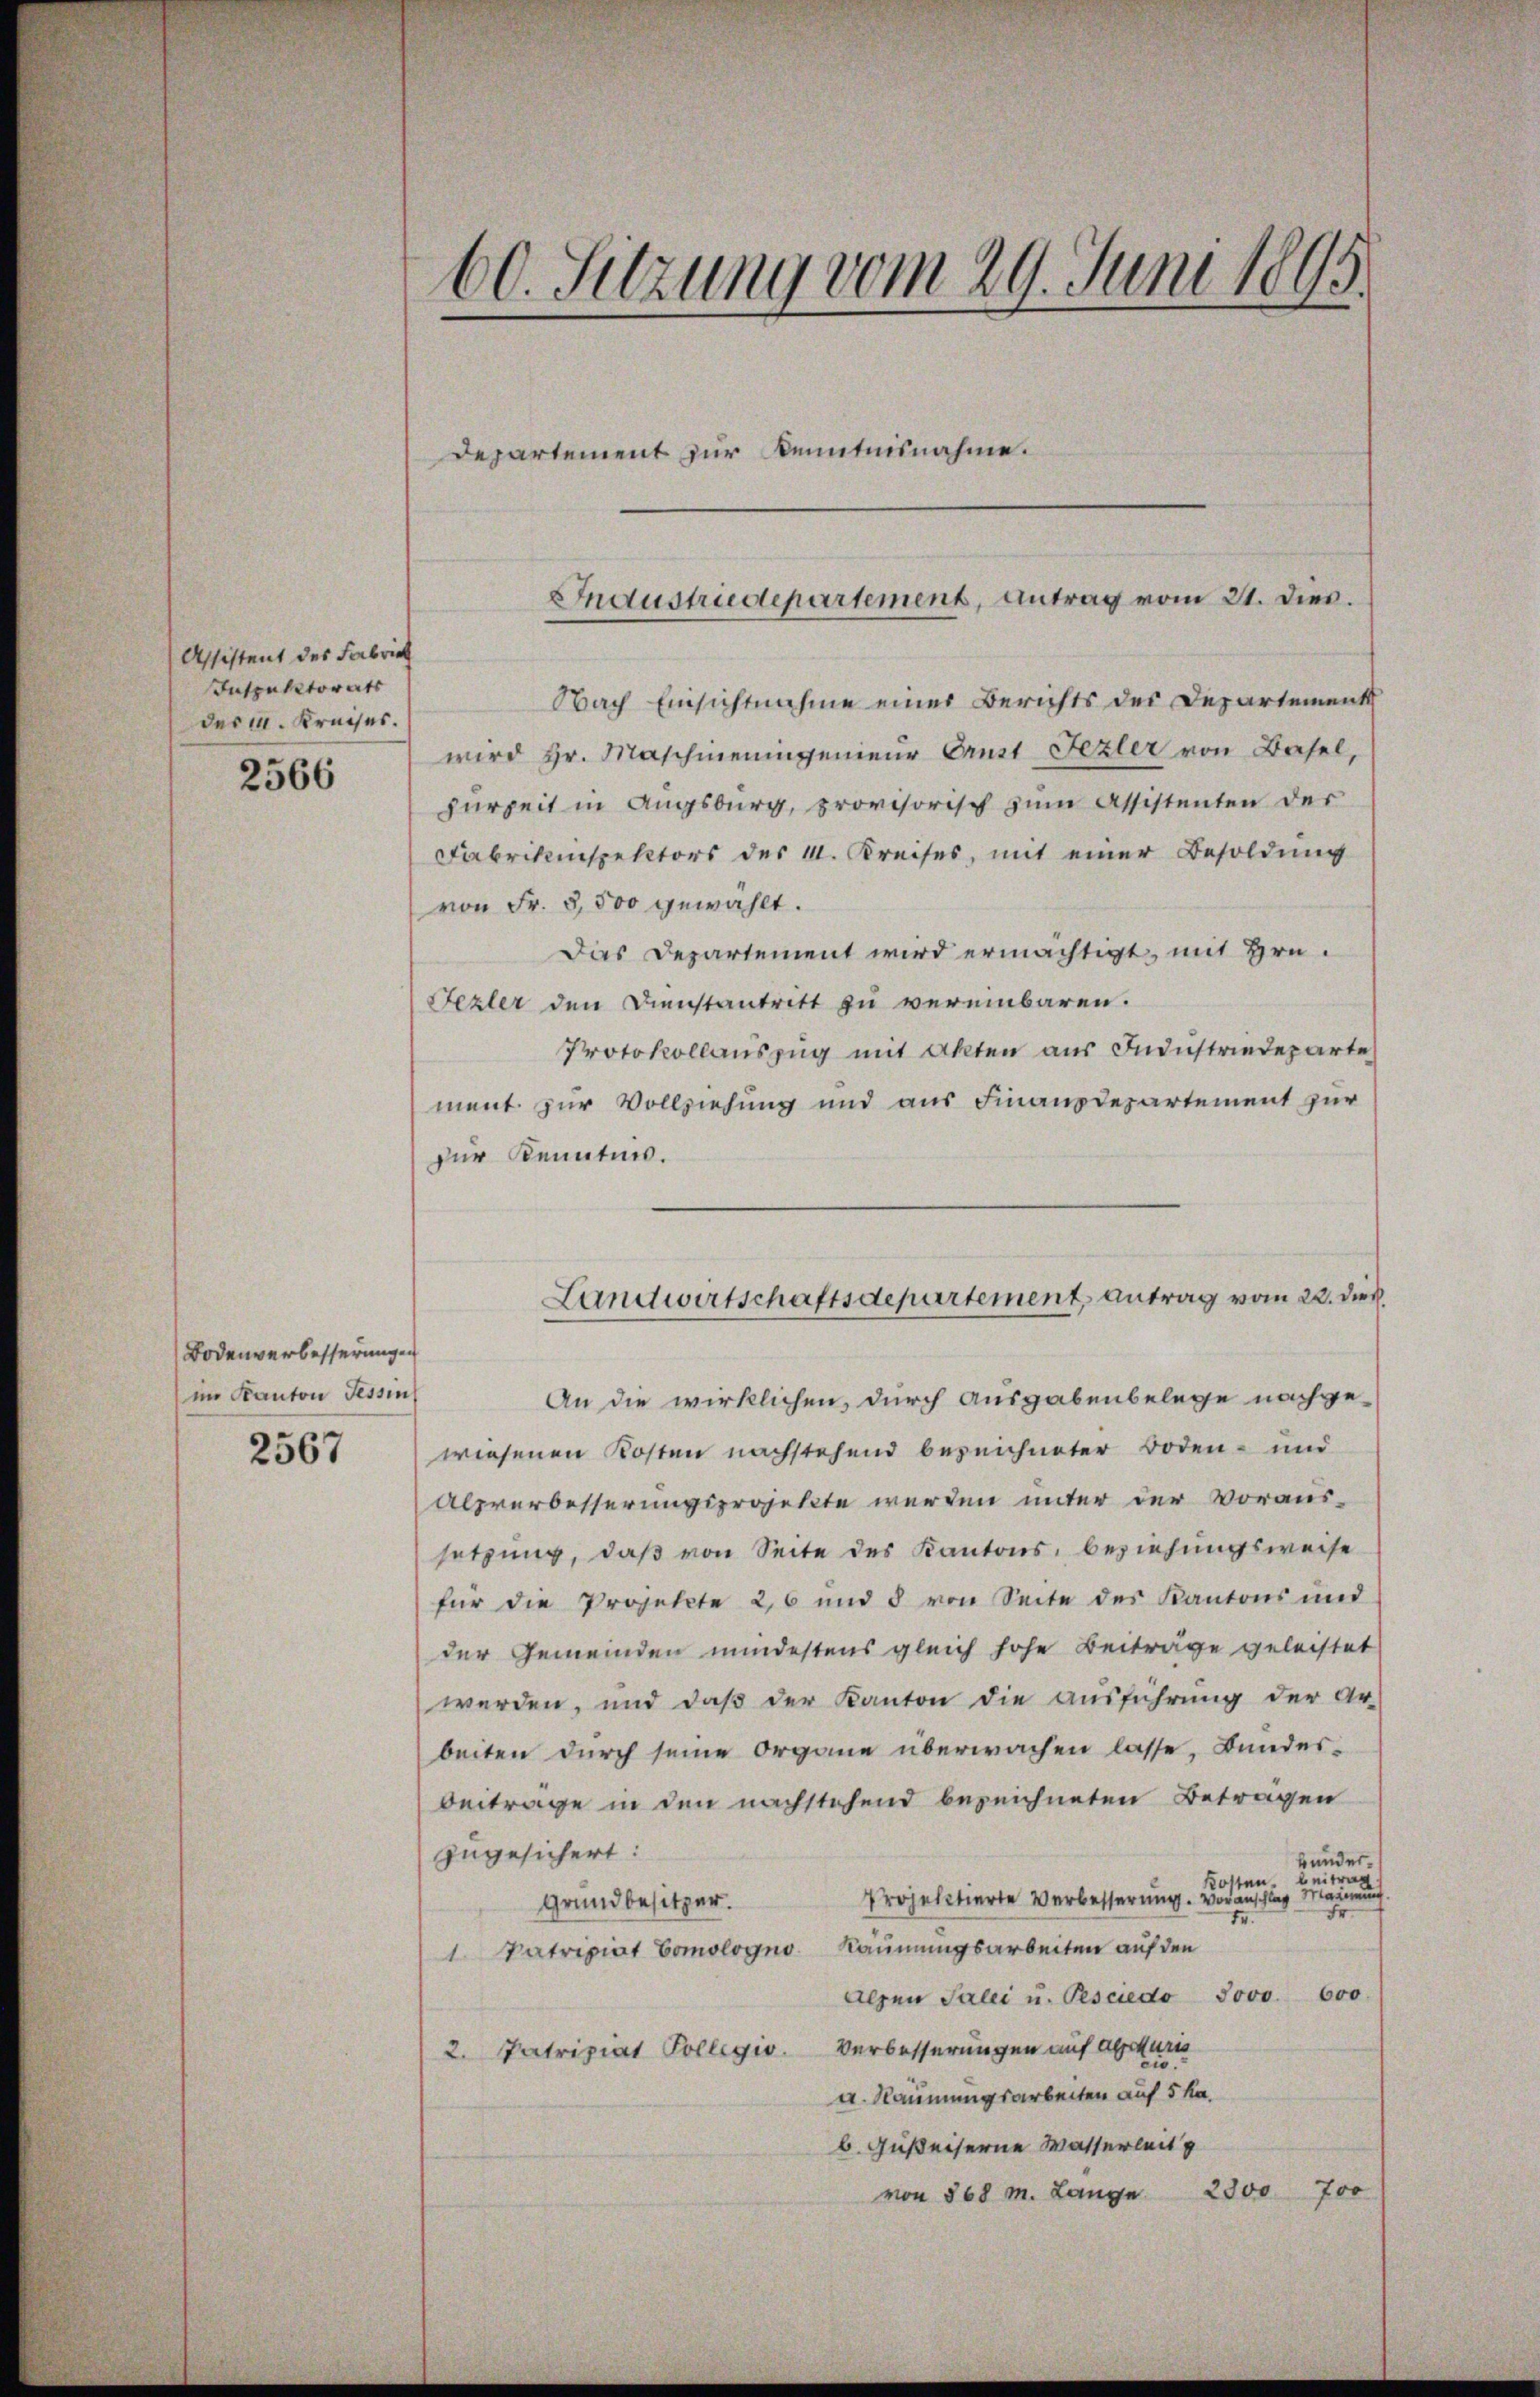
Assistent des Fabrick
Inspektorats
der M. Kreises.

2566

Bodenverbesserungen
im Kanton Tessin
2567

60. Sitzung vom 29. Juni 1895.
Departement zur Kenntnisnahme.

Nach Einsichtnahme eines Berichts des Departement
wird Hr. Maschineningenieur Prust Fezler von Basel,
zurzeit in Augsburg, provisorisch zum Assistenten der
Fabrikinspektors des 11. Kreises, mit einer Besoldung
von Fr. 3,500 gewählt.
Dies Departement wird ermächtigt, mit Hrn.
Fezter den Dienstantritt zu vereinbaren.
Protokollauszug mit Akten aus Industriedeparte
ment zur Vollziehung und aus Finanzdepartement zur
zur Kenntnis.
An die wirklichen, durch ausgabenbelege nachgewiesenen Kosten nachstehend bezeichneter Boden- und
alzverbesserungsprojekte werden unter der voraus-
setzung, daß von Seite des Kantons, beziehungsweise
für die Projekte 26 und 3 von Seite des Kantons und
der Gemeinden mindestens gleich hohe Beiträge geleistet
werden, und daß der Kanton die Ausführung der Ar-
beiten durch seine Organe überwachen lasse, Bundes¬
Beitrage in den nachstehend bezeichneten Betragen
zugesichert:
bunder.
beitrag
Kosten.
Projektierte Verbesserung. Voranschlag Marie
Grundbesitzer.
Fr.
tr.
1. Patripiat Comologno Räumungsarbeiten auf den
Alpen Salei u. Pesciedo 3000. 600.
2. Patriziat Collegio Verbesserungen auf Abituris
a. Räumungsarbeiten auf 5 ka.
b. Gußeiserne Wasserleit
von 868 m. Lange 2300 700

Industriedepartement, antrag vom 21. dies.

Landwirtschaftsdepartement, antrag vom 22. dieß